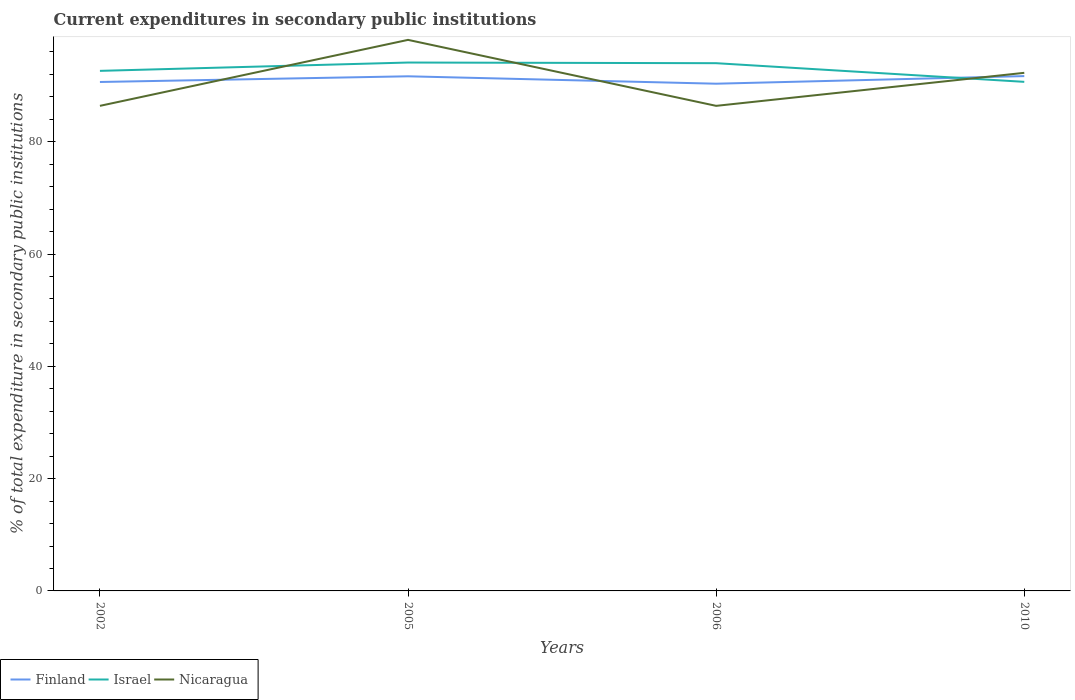
| Years | Finland | Israel | Nicaragua |
 | --- | --- | --- | --- |
 | 2002 | 90.6 | 92.6 | 86.4 |
 | 2005 | 91.7 | 94.1 | 98.1 |
 | 2006 | 90.3 | 94 | 86.4 |
 | 2010 | 91.7 | 90.7 | 92.3 |